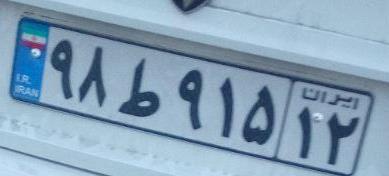
۹۸ط۹۱۵۱۲